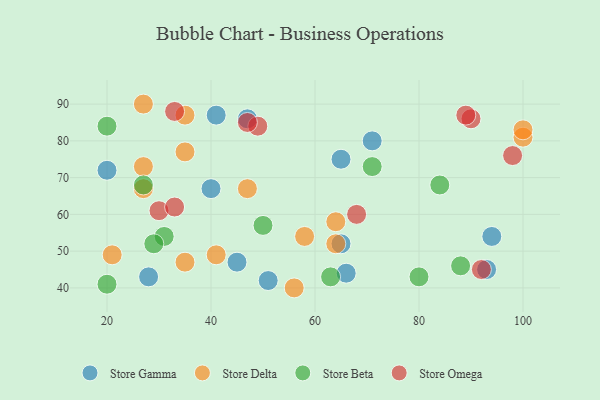
{"axis": {"x": "GDP", "y": "Life Expectancy"}, "legend": ["Store Beta", "Store Delta", "Store Gamma", "Store Omega"], "data": [{"x": "94", "y": 54, "type": "Store Gamma"}, {"x": "71", "y": 80, "type": "Store Gamma"}, {"x": "47", "y": 86, "type": "Store Gamma"}, {"x": "28", "y": 43, "type": "Store Gamma"}, {"x": "65", "y": 75, "type": "Store Gamma"}, {"x": "51", "y": 42, "type": "Store Gamma"}, {"x": "41", "y": 87, "type": "Store Gamma"}, {"x": "40", "y": 67, "type": "Store Gamma"}, {"x": "65", "y": 52, "type": "Store Gamma"}, {"x": "66", "y": 44, "type": "Store Gamma"}, {"x": "45", "y": 47, "type": "Store Gamma"}, {"x": "93", "y": 45, "type": "Store Gamma"}, {"x": "20", "y": 72, "type": "Store Gamma"}, {"x": "58", "y": 54, "type": "Store Delta"}, {"x": "21", "y": 49, "type": "Store Delta"}, {"x": "35", "y": 47, "type": "Store Delta"}, {"x": "64", "y": 52, "type": "Store Delta"}, {"x": "100", "y": 81, "type": "Store Delta"}, {"x": "100", "y": 83, "type": "Store Delta"}, {"x": "27", "y": 67, "type": "Store Delta"}, {"x": "41", "y": 49, "type": "Store Delta"}, {"x": "35", "y": 77, "type": "Store Delta"}, {"x": "47", "y": 67, "type": "Store Delta"}, {"x": "27", "y": 90, "type": "Store Delta"}, {"x": "35", "y": 87, "type": "Store Delta"}, {"x": "27", "y": 73, "type": "Store Delta"}, {"x": "64", "y": 58, "type": "Store Delta"}, {"x": "56", "y": 40, "type": "Store Delta"}, {"x": "27", "y": 68, "type": "Store Beta"}, {"x": "31", "y": 54, "type": "Store Beta"}, {"x": "80", "y": 43, "type": "Store Beta"}, {"x": "84", "y": 68, "type": "Store Beta"}, {"x": "50", "y": 57, "type": "Store Beta"}, {"x": "20", "y": 84, "type": "Store Beta"}, {"x": "20", "y": 41, "type": "Store Beta"}, {"x": "88", "y": 46, "type": "Store Beta"}, {"x": "29", "y": 52, "type": "Store Beta"}, {"x": "63", "y": 43, "type": "Store Beta"}, {"x": "71", "y": 73, "type": "Store Beta"}, {"x": "98", "y": 76, "type": "Store Omega"}, {"x": "68", "y": 60, "type": "Store Omega"}, {"x": "92", "y": 45, "type": "Store Omega"}, {"x": "30", "y": 61, "type": "Store Omega"}, {"x": "33", "y": 62, "type": "Store Omega"}, {"x": "90", "y": 86, "type": "Store Omega"}, {"x": "89", "y": 87, "type": "Store Omega"}, {"x": "49", "y": 84, "type": "Store Omega"}, {"x": "33", "y": 88, "type": "Store Omega"}, {"x": "47", "y": 85, "type": "Store Omega"}]}